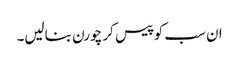
ان سب کو پیس کر چورن بنالیں۔